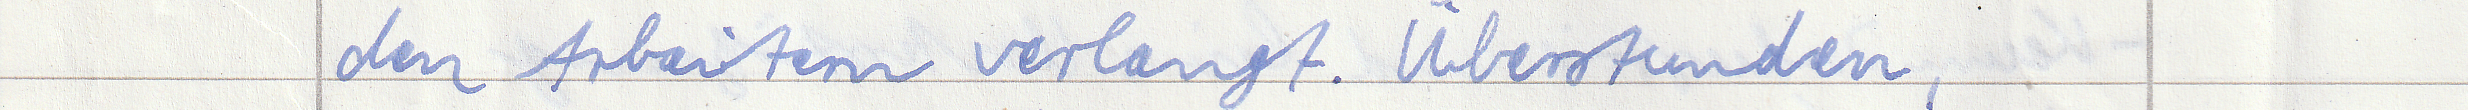
den Arbeitern verlangt. Überstunden,